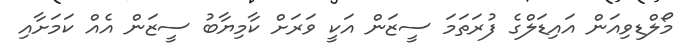
މޯލްޑިވިއަން އައިޑަލްގެ ފުރަތަމަ ސީޒަން އަކީ ވަރަށް ކާމިޔާބު ސީޒަން އެއް ކަމަށާއި